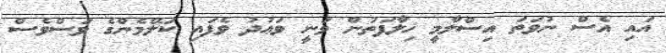
އައި އެސް ނުވަތަ އިސްލާމީ ޚިލާފަތުން ވަނީ ވަޢުދު ވެފައި ކަލޭމެންގެ ވަސްވެސް